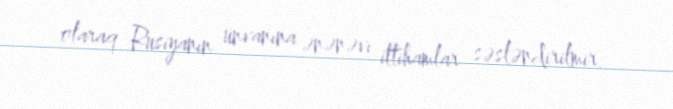
olaraq Rusiyanın ünvanına ənənəvi ittihamlar səsləndirilmir.